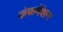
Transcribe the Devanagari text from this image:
कंफर्मेशन